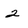
Character: 2